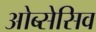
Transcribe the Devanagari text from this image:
ओब्सेसिव